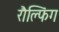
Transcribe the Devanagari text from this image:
रौल्फिंग